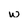
Character: w